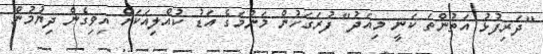
"ދަރިފުޅު އަތުންތަ ކަނީ މިއަދު" ފުރަގަހުން މަންމަގެ އަޑު ކުއްލިއަކަށް އިވިގެން ދިޔުމުން